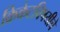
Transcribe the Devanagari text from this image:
क्रिकेटविषयीचे